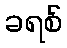
ခရစ်